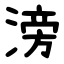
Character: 滂